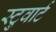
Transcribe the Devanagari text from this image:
स्टुवार्ट